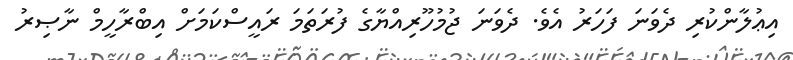
އިޢުލާންކުރި ދެވަނަ ފަހަރު އެވެ. ދެވަނަ ޖުމުހޫރިއްޔާގެ ފުރަތަމަ ރައީސްކަމަށް އިބްރާހީމް ނާޞިރު